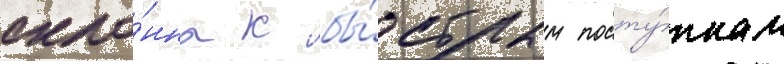
скло́нна к бы́стрым посту́пкам